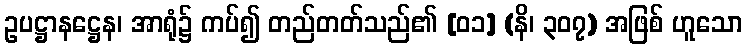
ဥပဋ္ဌာနဋ္ဌေန၊ အာရုံ၌ ကပ်၍ တည်တတ်သည်၏ [၀၁] (နိ၊ ၃၀၇) အဖြစ် ဟူသော